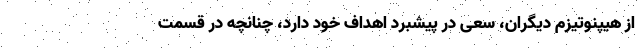
از هیپنوتیزم دیگران، سعی در پیشبرد اهداف خود دارد، چنانچه در قسمت